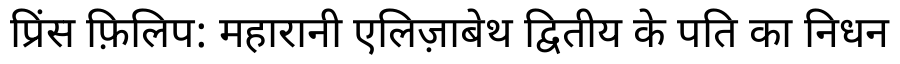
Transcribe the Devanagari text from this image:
प्रिंस फ़िलिप: महारानी एलिज़ाबेथ द्वितीय के पति का निधन